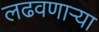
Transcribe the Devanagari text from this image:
लढवणाऱ्या